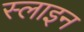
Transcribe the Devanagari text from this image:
स्लाइन